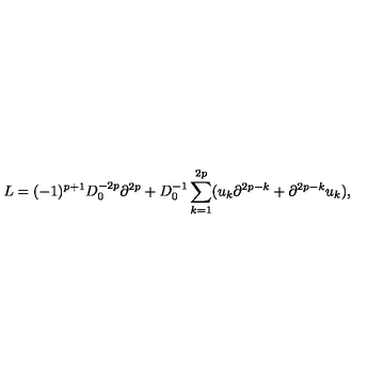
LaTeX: L = ( - 1 ) ^ { p + 1 } D _ { 0 } ^ { - 2 p } \partial ^ { 2 p } + D _ { 0 } ^ { - 1 } \sum _ { k = 1 } ^ { 2 p } ( u _ { k } \partial ^ { 2 p - k } + \partial ^ { 2 p - k } u _ { k } ) ,